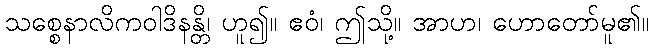
သစ္စေနာလိကဝါဒိနန္တိ၊ ဟူ၍။ ဧဝံ၊ ဤသို့။ အာဟ၊ ဟောတော်မူ၏။